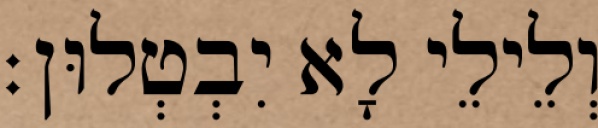
וְלֵילֵי לָא יִבְטְלוּן׃